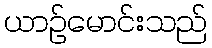
ယာဉ်မောင်းသည်